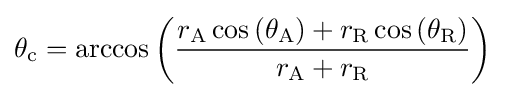
\theta _{\mathrm {c} }=\arccos \left({\frac {r_{\mathrm {A} }\cos \left(\theta _{\mathrm {A} }\right)+r_{\mathrm {R} }\cos \left(\theta _{\mathrm {R} }\right)}{r_{\mathrm {A} }+r_{\mathrm {R} }}}\right)